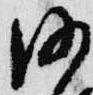
沙